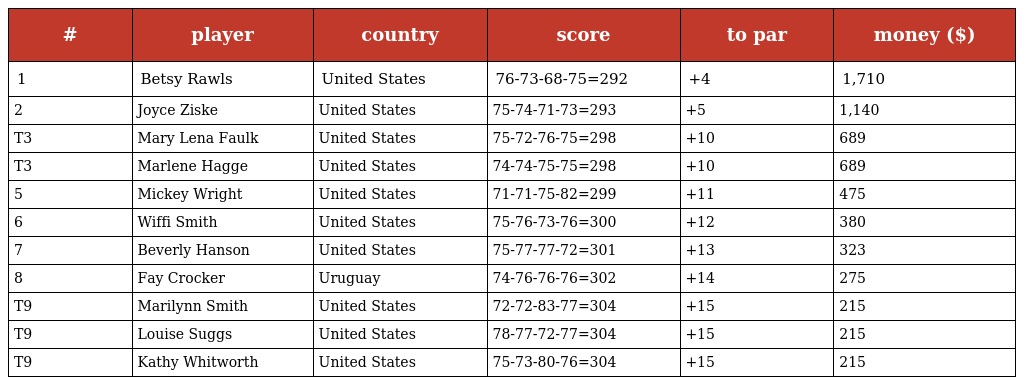
| # | player | country | score | to par | money ($) |
 | --- | --- | --- | --- | --- | --- |
 | 1 | Betsy Rawls | United States | 76-73-68-75=292 | +4 | 1,710 |
 | 2 | Joyce Ziske | United States | 75-74-71-73=293 | +5 | 1,140 |
 | T3 | Mary Lena Faulk | United States | 75-72-76-75=298 | +10 | 689 |
 | T3 | Marlene Hagge | United States | 74-74-75-75=298 | +10 | 689 |
 | 5 | Mickey Wright | United States | 71-71-75-82=299 | +11 | 475 |
 | 6 | Wiffi Smith | United States | 75-76-73-76=300 | +12 | 380 |
 | 7 | Beverly Hanson | United States | 75-77-77-72=301 | +13 | 323 |
 | 8 | Fay Crocker | Uruguay | 74-76-76-76=302 | +14 | 275 |
 | T9 | Marilynn Smith | United States | 72-72-83-77=304 | +15 | 215 |
 | T9 | Louise Suggs | United States | 78-77-72-77=304 | +15 | 215 |
 | T9 | Kathy Whitworth | United States | 75-73-80-76=304 | +15 | 215 |